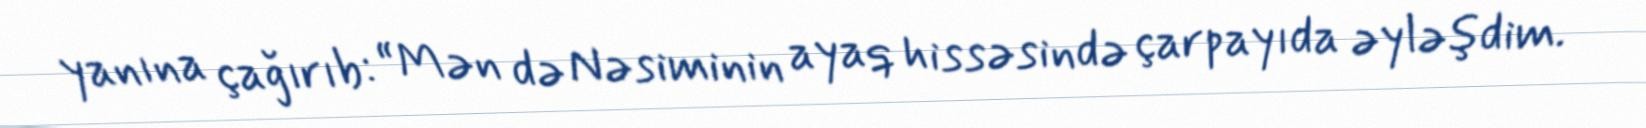
yanına çağırıb: “Mən də Nəsiminin ayaq hissəsində çarpayıda əyləşdim.